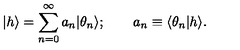
\vert h \rangle = \sum _ { n = 0 } ^ { \infty } a _ { n } \vert \theta _ { n } \rangle ; \quad \quad a _ { n } \equiv \langle \theta _ { n } \vert h \rangle .